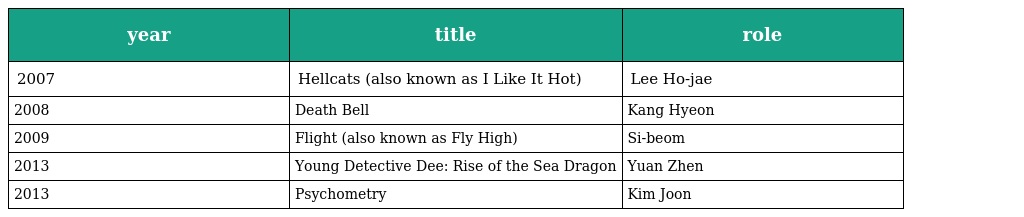
| year | title | role |
 | --- | --- | --- |
 | 2007 | Hellcats (also known as I Like It Hot) | Lee Ho-jae |
 | 2008 | Death Bell | Kang Hyeon |
 | 2009 | Flight (also known as Fly High) | Si-beom |
 | 2013 | Young Detective Dee: Rise of the Sea Dragon | Yuan Zhen |
 | 2013 | Psychometry | Kim Joon |